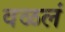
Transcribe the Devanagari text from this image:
वळलं